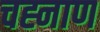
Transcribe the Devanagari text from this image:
चह्नाण